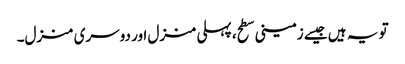
تو یہ ہیں جیسے زمینی سطح، پہلی منزل اور دوسری منزل۔